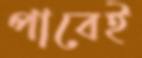
পাবেই